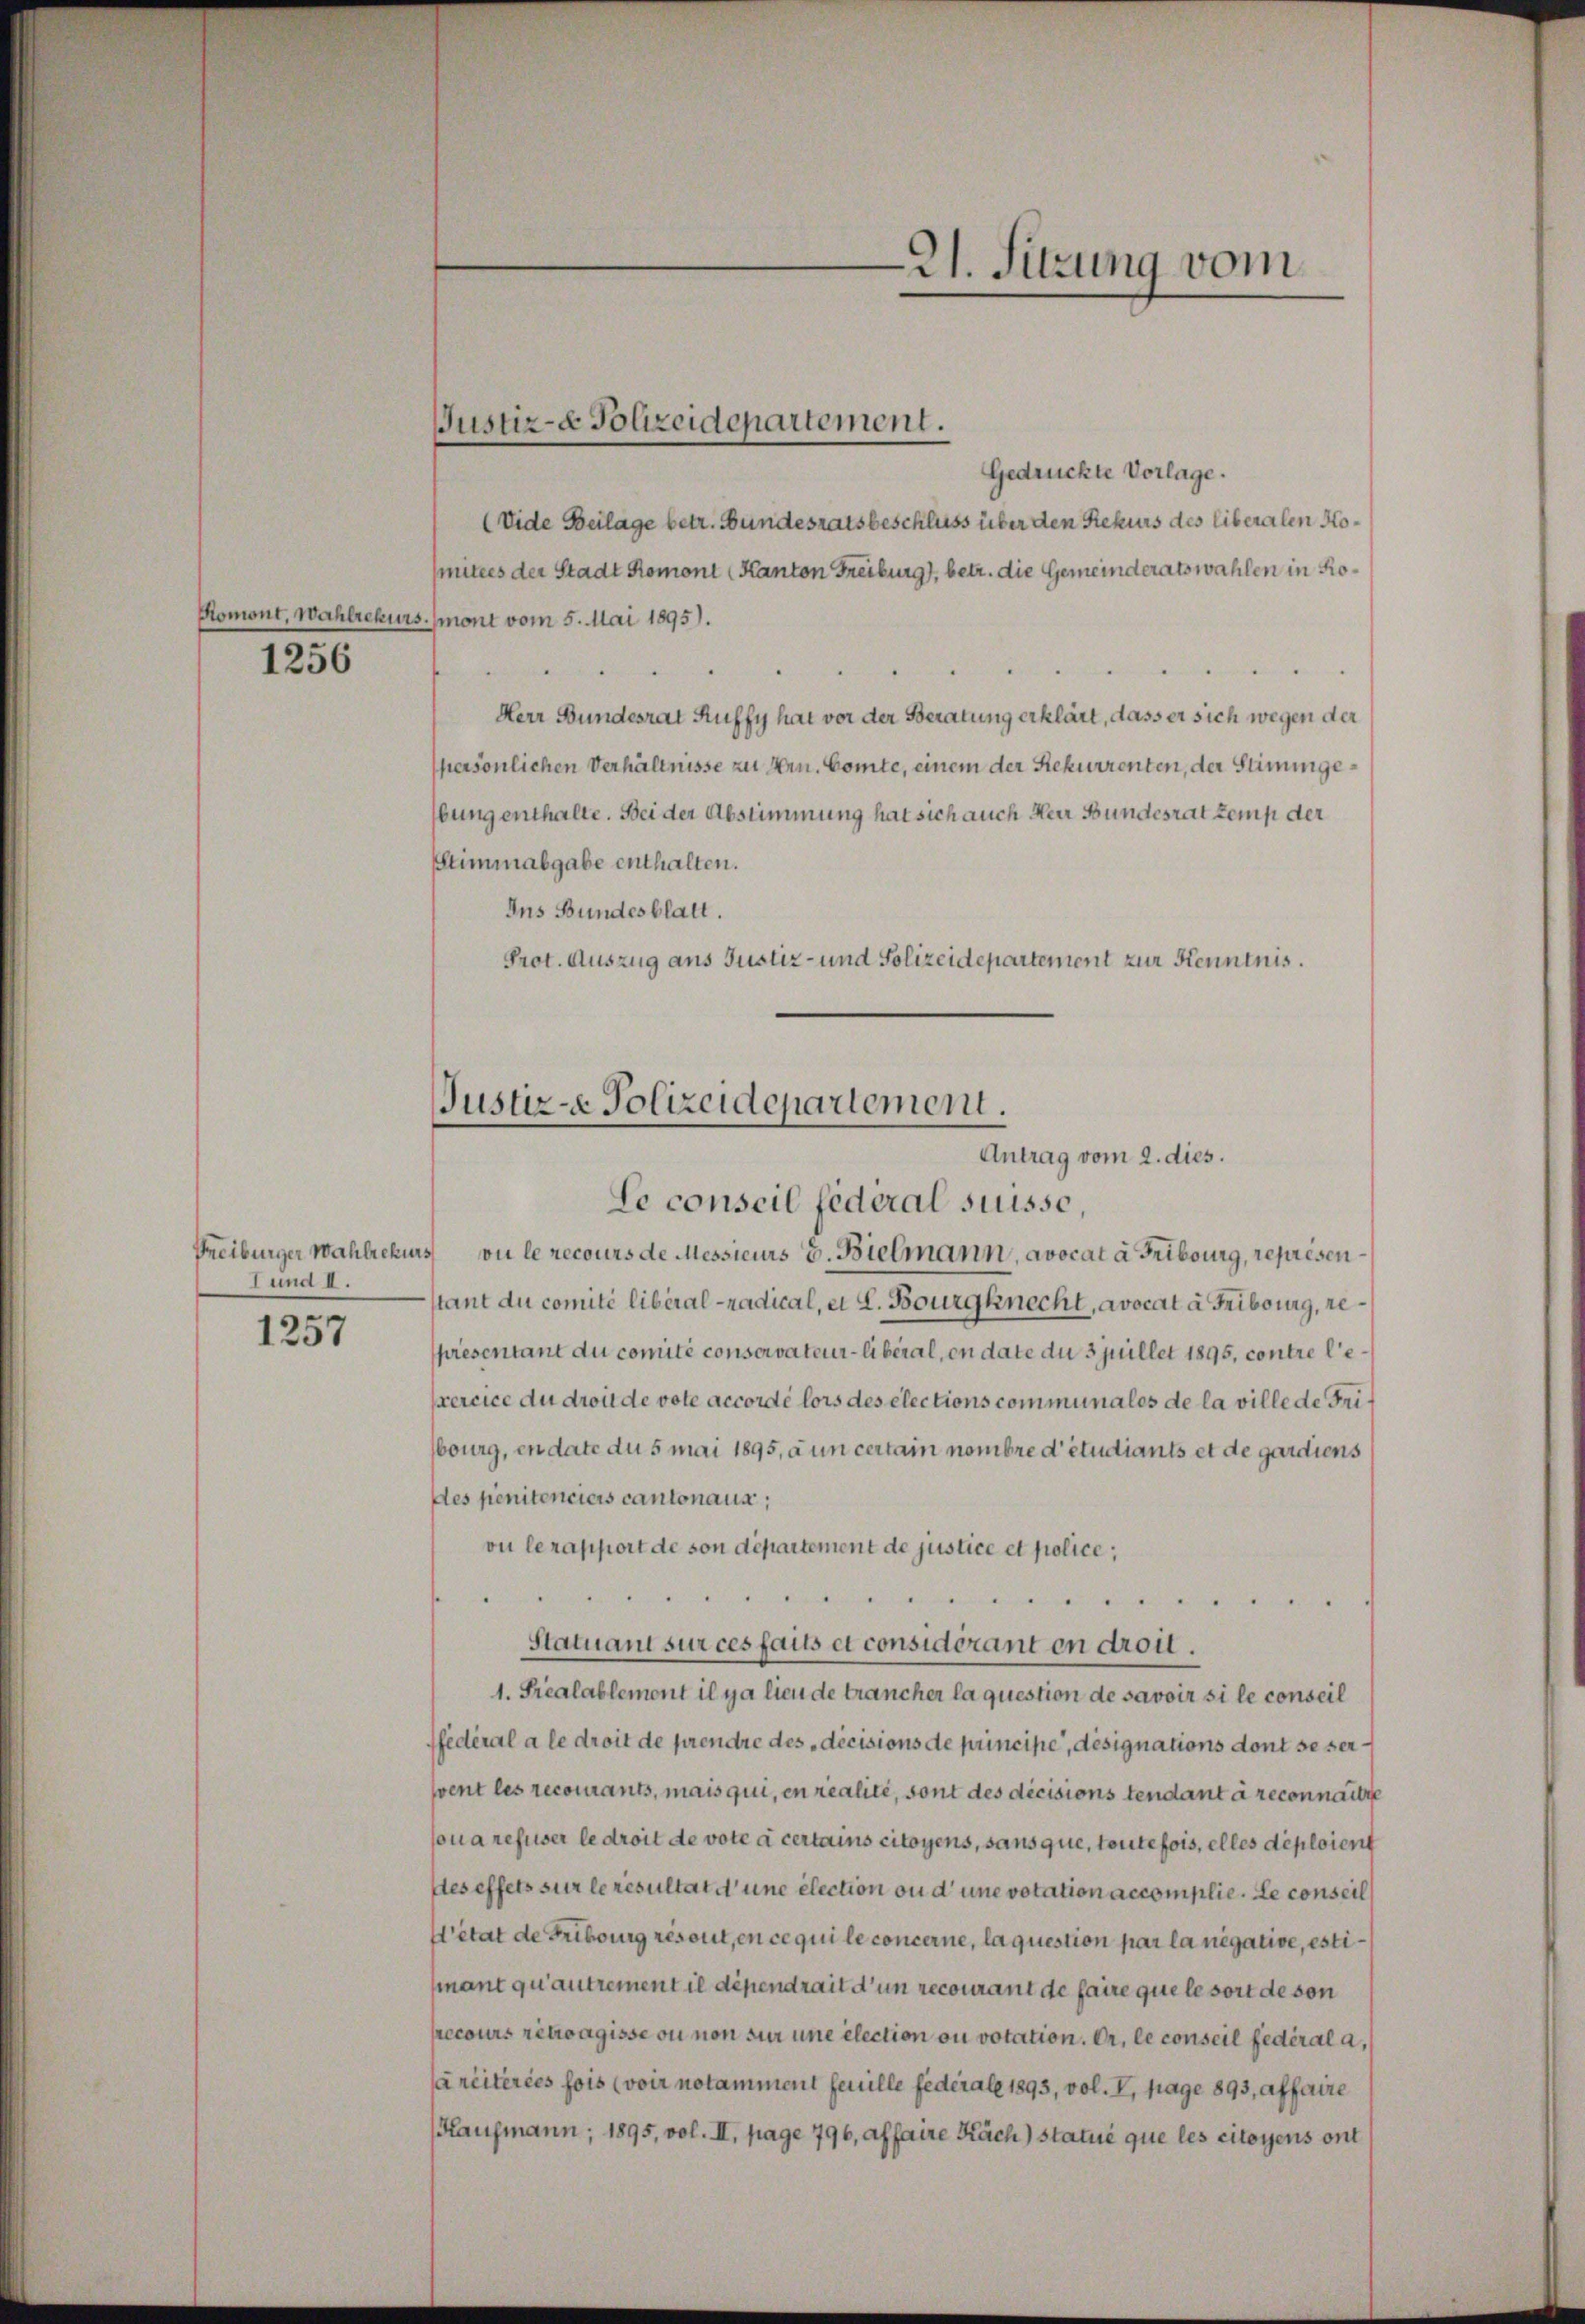
1256

Lund I.
1257

Justiz- Polizeidepartement.

21. Sitzung vom

Gedrückte Vorlage.
(Vide Beilage betr. Bundesratsbeschluss über den Rekurs des liberalen Homitees der Stadt Romont (Kanton Freiburg), betr. die Gemeinderatswahlen in Ro¬
Romont. Wahlrekurs. mont vom 5. Mai 1895).
Herr Bundesrat Ruffy hat vor der Beratung erklärt, dass er sich wegen der
persönlichen Verhältnisse zu Hrn. Comte, einem der Rekurrenten, der Stimmgebung enthalte. Bei der Abstimmung hat sich auch Herr Bundesrat zemp der
Stimmabgabe enthalten.
Ans Bundesblatt.
Prot. Auszug aus Justiz- und Polizeidepartement zur Kenntnis.

Justiz- Polizeidepartement.
Antrag vom 2. dies.
Le conseil fédéral suisse,

Freiburger Wahlrekurs ou le recours de Messieurs d. Bielmann, avocat à Fribourg, représen
stant du comité libéral-Radical, et L. Bourgknecht, avocat à Fribourg, representant du comité conservateur-liberal, en date du 3 juillet 1895, contre lexercice du droit de vote accordé lors des elections communales de la ville de Fribourg, en date du 5 mai 1895, a un certain nombre d’étudiants et de gardiens
des penitenciers cantonaus,
vu lerapport de von département de justice et police,
t
Statuant sur ces faits et considerant en droit.
1. Prealablement il y a lieu de trancher la question de savoir si le conseil
ffédéral a le droit de prendre des décisions de principe, désignations dont se sersvent les recourants, mais qui, en realité, sont des décisions tendant à reconnaitte
sona refuser le droit de vote à certains citoyens, sans que, toutefois, elles déploient
des effets sur le resultat d’une élection ou d’une votation accomplie. Le conseil
W’état de Fribourg resout, en ce qui le concerne, laquestion par la negative, estimant qu’autrement il dépendrait d’un recourant de faire que le sort de son
recours retragisse ou non sur une élection ou votation. Er, le conseil fédéral a,
Carcitéries fois (voir notamment feuille federale 1893, vol. I, pag. 893, affaire
Hausmann; 1895, vol. II, page 796, affaire Kach) statue que les citoyens ont